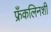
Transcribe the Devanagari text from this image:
फ्रँकलिनशी